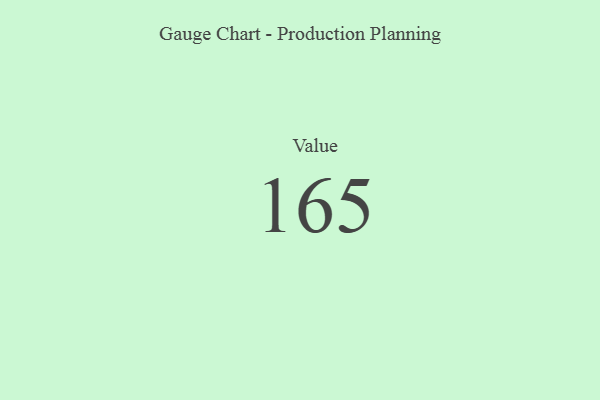
{"axis": {"x": "Metric", "y": "Value"}, "legend": [""], "data": [{"x": "Value", "y": 165, "type": ""}]}